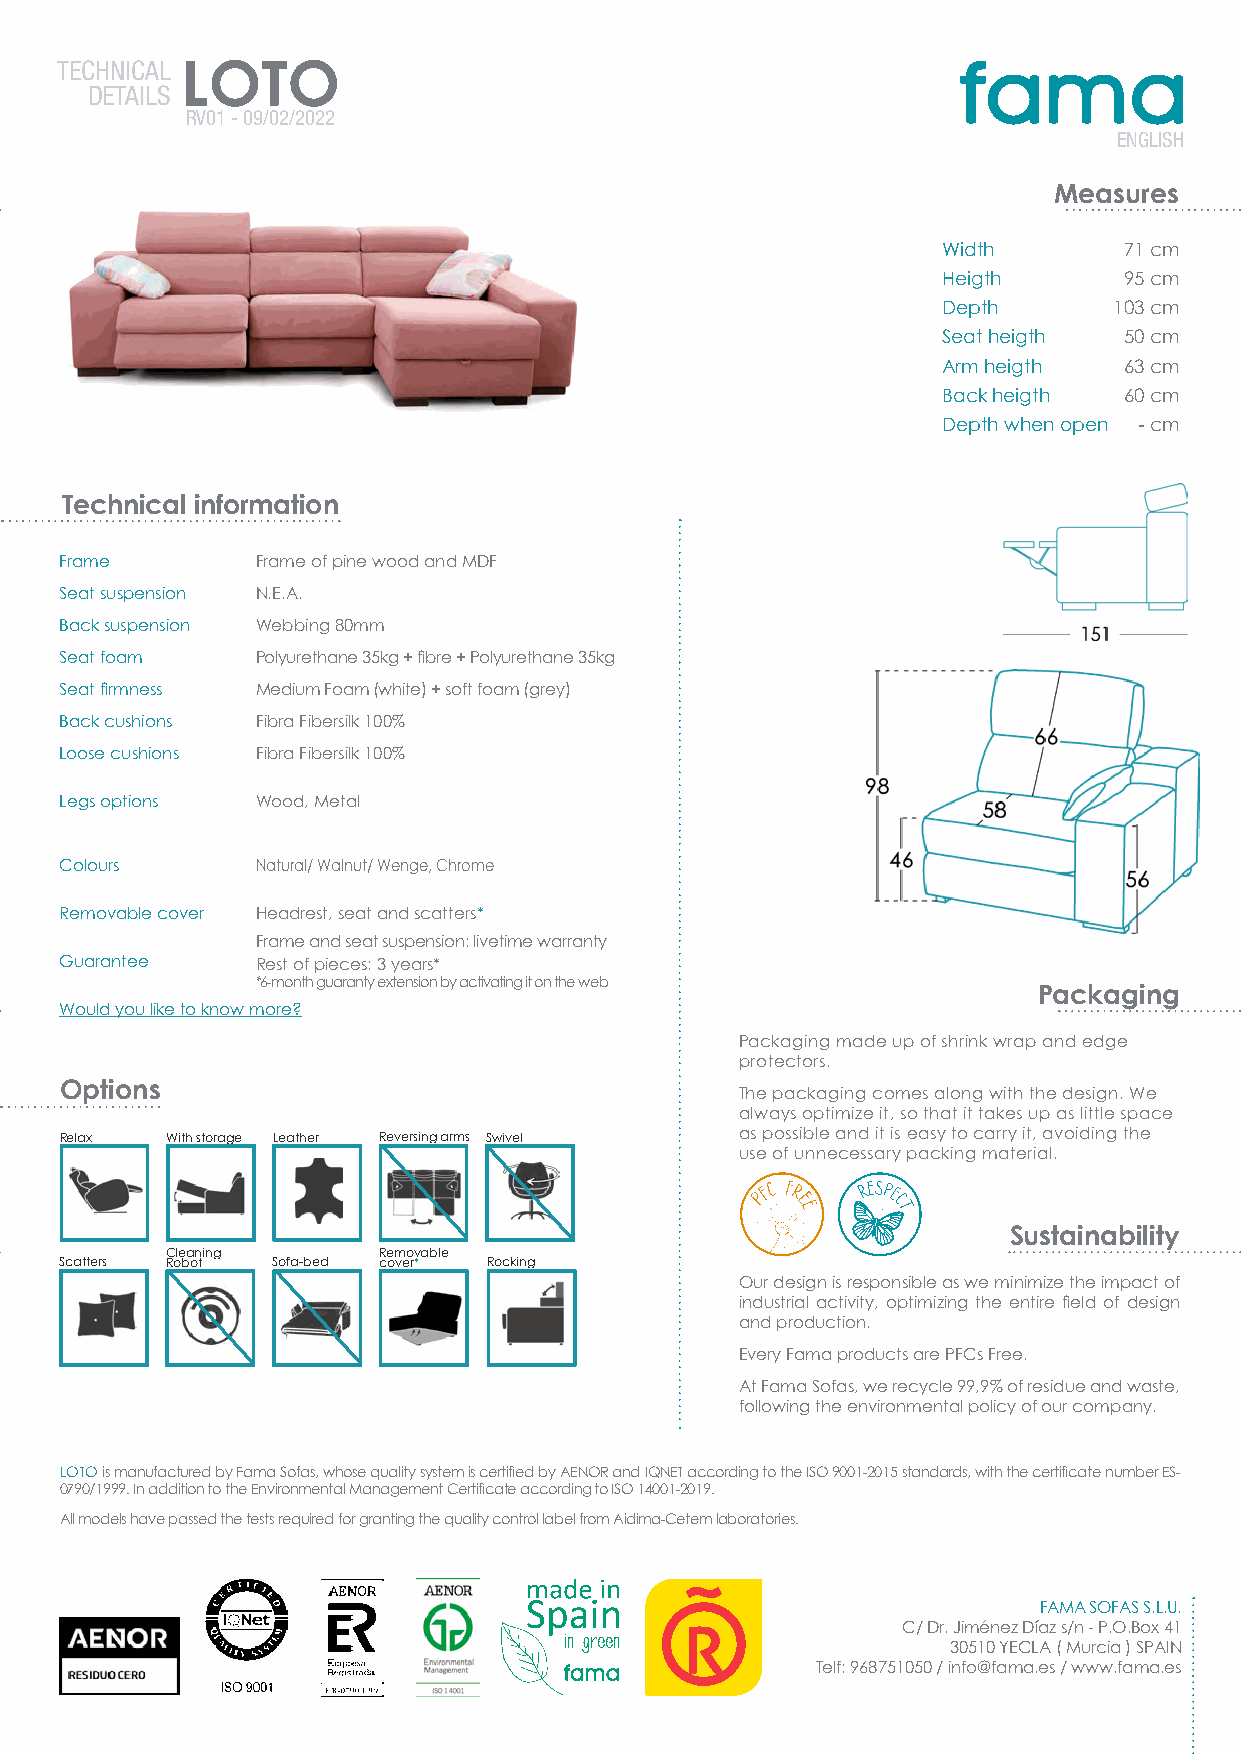
TECHNICAL LOTO
 DETAILS
 RV01 - 09/02/2022
 ENGLISH
 Measures
 Width       71 cm
 Heigth      95 cm
 Depth       103 cm
 Seat heigth 50 cm
 Arm heigth  63 cm
 Back heigth 60 cm
 Depth when open - cm
 Technical information
 Frame        Frame of pine wood and MDF
 Seat suspension N.E.A.
 Back suspension Webbing 80mm
 Seat foam    Polyurethane 35kg + fibre + Polyurethane 35kg
 Seat firmness Medium Foam (white) + soft foam (grey)
 Back cushions Fibra Fibersilk 100%
 Loose cushions Fibra Fibersilk 100%
 Legs options Wood, Metal
 Colours      Natural/ Walnut/ Wenge, Chrome
 Removable cover Headrest, seat and scatters*
 Frame and seat suspension: livetime warranty
 Guarantee    Rest of pieces: 3 years*
 *6-month guaranty extension by activating it on the web
 Packaging
 Would you like to know more?
 Packaging made up of shrink wrap and edge
 protectors.
 Options
 The packaging comes along with the design. We
 always optimize it, so that it takes up as little space
 Relax  With storage Leather Reversing arms Swivel as possible and it is easy to carry it, avoiding the
 use of unnecessary packing material.
 Sustainability
 Cleaning      Removable
 Scatters Robot Sofa-bed cover* Rocking
 Our design is responsible as we minimize the impact of
 industrial activity, optimizing the entire field of design
 and production.
 Every Fama products are PFCs Free.
 At Fama Sofas, we recycle 99,9% of residue and waste,
 following the environmental policy of our company.
 LOTO is manufactured by Fama Sofas, whose quality system is certified by AENOR and IQNET according to the ISO 9001-2015 standards, with the certificate number ES-
 0790/1999. In addition to the Environmental Management Certificate according to ISO 14001-2019.
 All models have passed the tests required for granting the quality control label from Aidima-Cetem laboratories.
 FAMA SOFAS S.L.U.
 C/ Dr. Jiménez Díaz s/n - P.O.Box 41
 30510 YECLA ( Murcia ) SPAIN
 Telf: 968751050 / info@fama.es / www.fama.es